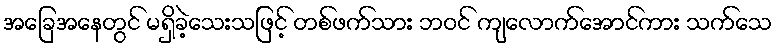
အခြေအနေတွင် မရှိခဲ့သေးသဖြင့် တစ်ဖက်သား ဘဝင် ကျလောက်အောင်ကား သက်သေ